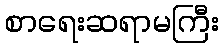
စာရေးဆရာမကြီး